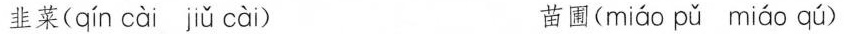
韭菜( qín cài jǔ cài ) 苗圃( miáo pǔ miáo qú )